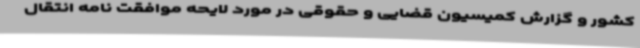
کشور و گزارش کمیسیون قضایی و حقوقی در مورد لایحه موافقت نامه انتقال